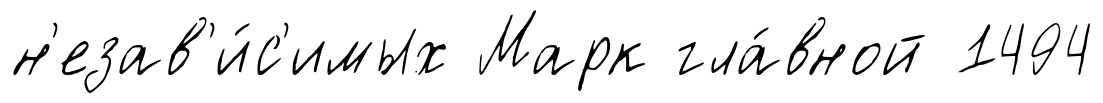
н'езав'и́с'имых Марк гла́вной 1494